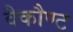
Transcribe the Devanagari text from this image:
वैकौण्ट